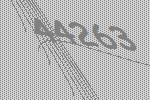
44263